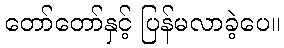
တော်တော်နှင့် ပြန်မလာခဲ့ပေ။